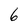
Character: 6